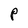
Character: P